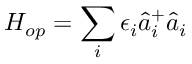
H _ { o p } = \sum _ { i } \epsilon _ { i } \hat { a } _ { i } ^ { + } \hat { a } _ { i }